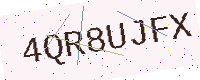
Text: 4QR8UJFX